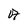
Character: A